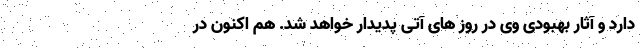
دارد و آثار بهبودی وی در روز های آتی پدیدار خواهد شد. هم اکنون در